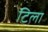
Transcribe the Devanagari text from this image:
टिला